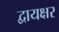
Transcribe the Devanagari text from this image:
द्वायक्षर